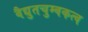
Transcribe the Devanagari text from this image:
वैद्युतचुम्बकत्व